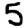
Digit: 5